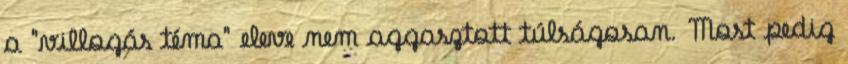
a "villogás téma" eleve nem aggasztott túlságosan. Most pedig